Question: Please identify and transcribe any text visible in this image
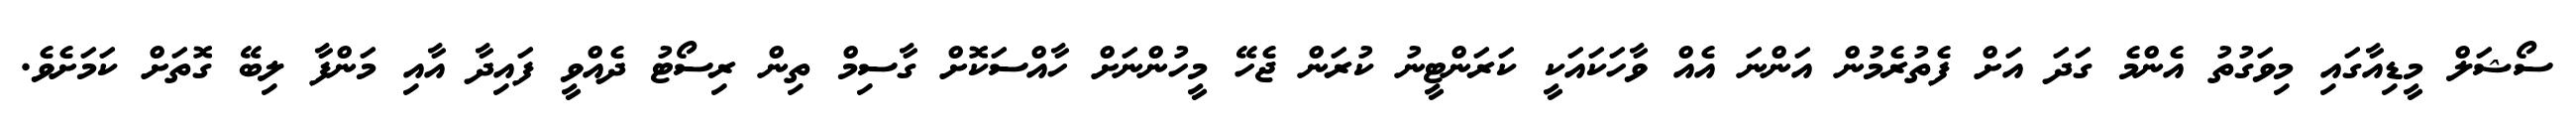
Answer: ސޯޝަލް މީޑިއާގައި މިވަގުތު އެންމެ ގަދަ އަށް ފެތުރެމުން އަންނަ އެއް ވާހަކައަކީ ކަރަންޓީނު ކުރަން ޖެހޭ މީހުންނަށް ހާއްސަކޮށް ގާސިމް ތިން ރިސޯޓު ދެއްވީ ފައިދާ އާއި މަންފާ ލިބޭ ގޮތަށް ކަމަށެވެ.